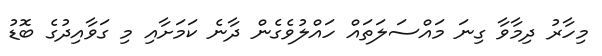
މިހާރު ދިމާވާ ގިނަ މައްސަލަތައް ހައްލުވެގެން ދާނެ ކަމަށާއި މި ގަވާއިދުގެ ބޮޑު